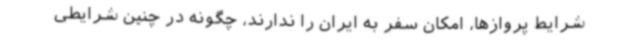
شرایط پروازها، امکان سفر به ایران را ندارند، چگونه در چنین شرایطی